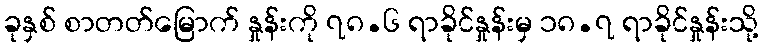
ခုနှစ် စာတတ်မြောက် နှုန်းကို ၇၈.၆ ရာခိုင်နှုန်းမှ ၁၈.၇ ရာခိုင်နှုန်းသို့